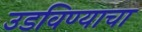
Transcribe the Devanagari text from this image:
उडविण्याचा